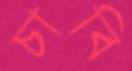
চাবি